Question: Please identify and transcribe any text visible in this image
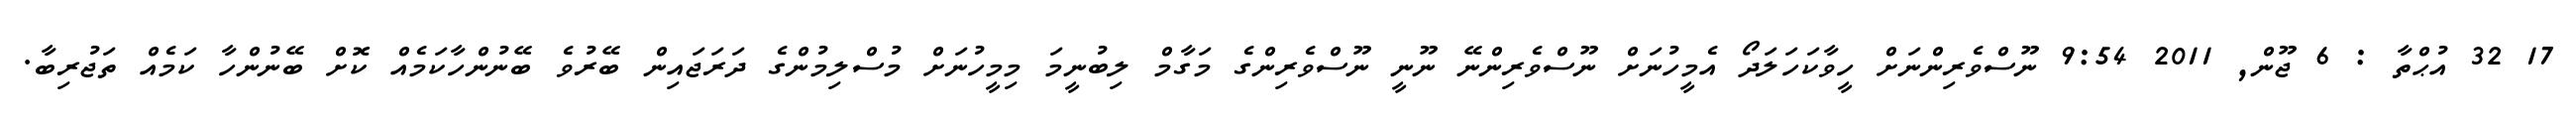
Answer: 17 32 އުޙްތާ : 6 ޖޫން, 2011 9:54 ނޫސްވެރިންނަށް ހީވާކަހަލަދޯ އެމީހުނަށް ނޫސްވެރިންނޭ ނޫނީ ނޫސްވެރިންގެ މަގާމް ލިބުނީމަ މިމީހުނަށް މުސްލިމުންގެ ދަރަޖައިން ބޭރުވެ ބޭނުންހާކަމެއް ކޮށް ބޭނުންހާ ކަމެއް ތަޖުރިބާ.